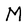
Character: M